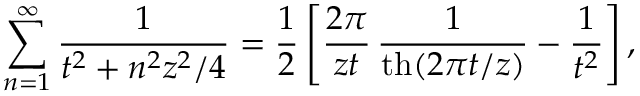
\sum _ { n = 1 } ^ { \infty } \frac { 1 } { t ^ { 2 } + n ^ { 2 } z ^ { 2 } / 4 } = \frac 1 2 \left[ \frac { 2 \pi } { z t } \, \frac { 1 } { \mathrm { t h } ( 2 \pi t / z ) } - \frac { 1 } { t ^ { 2 } } \right] ,